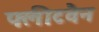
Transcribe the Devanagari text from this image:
फ्लीटवैन